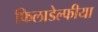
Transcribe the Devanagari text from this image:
फिलाडेल्फीया